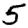
Digit: 5